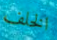
الخلف